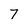
Character: 7